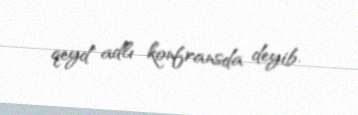
qeyd" adlı konfransda deyib.